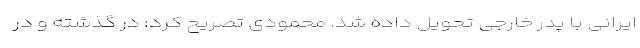
ایرانی با پدر خارجی تحویل داده شد. محمودی تصریح کرد: در گذشته و در